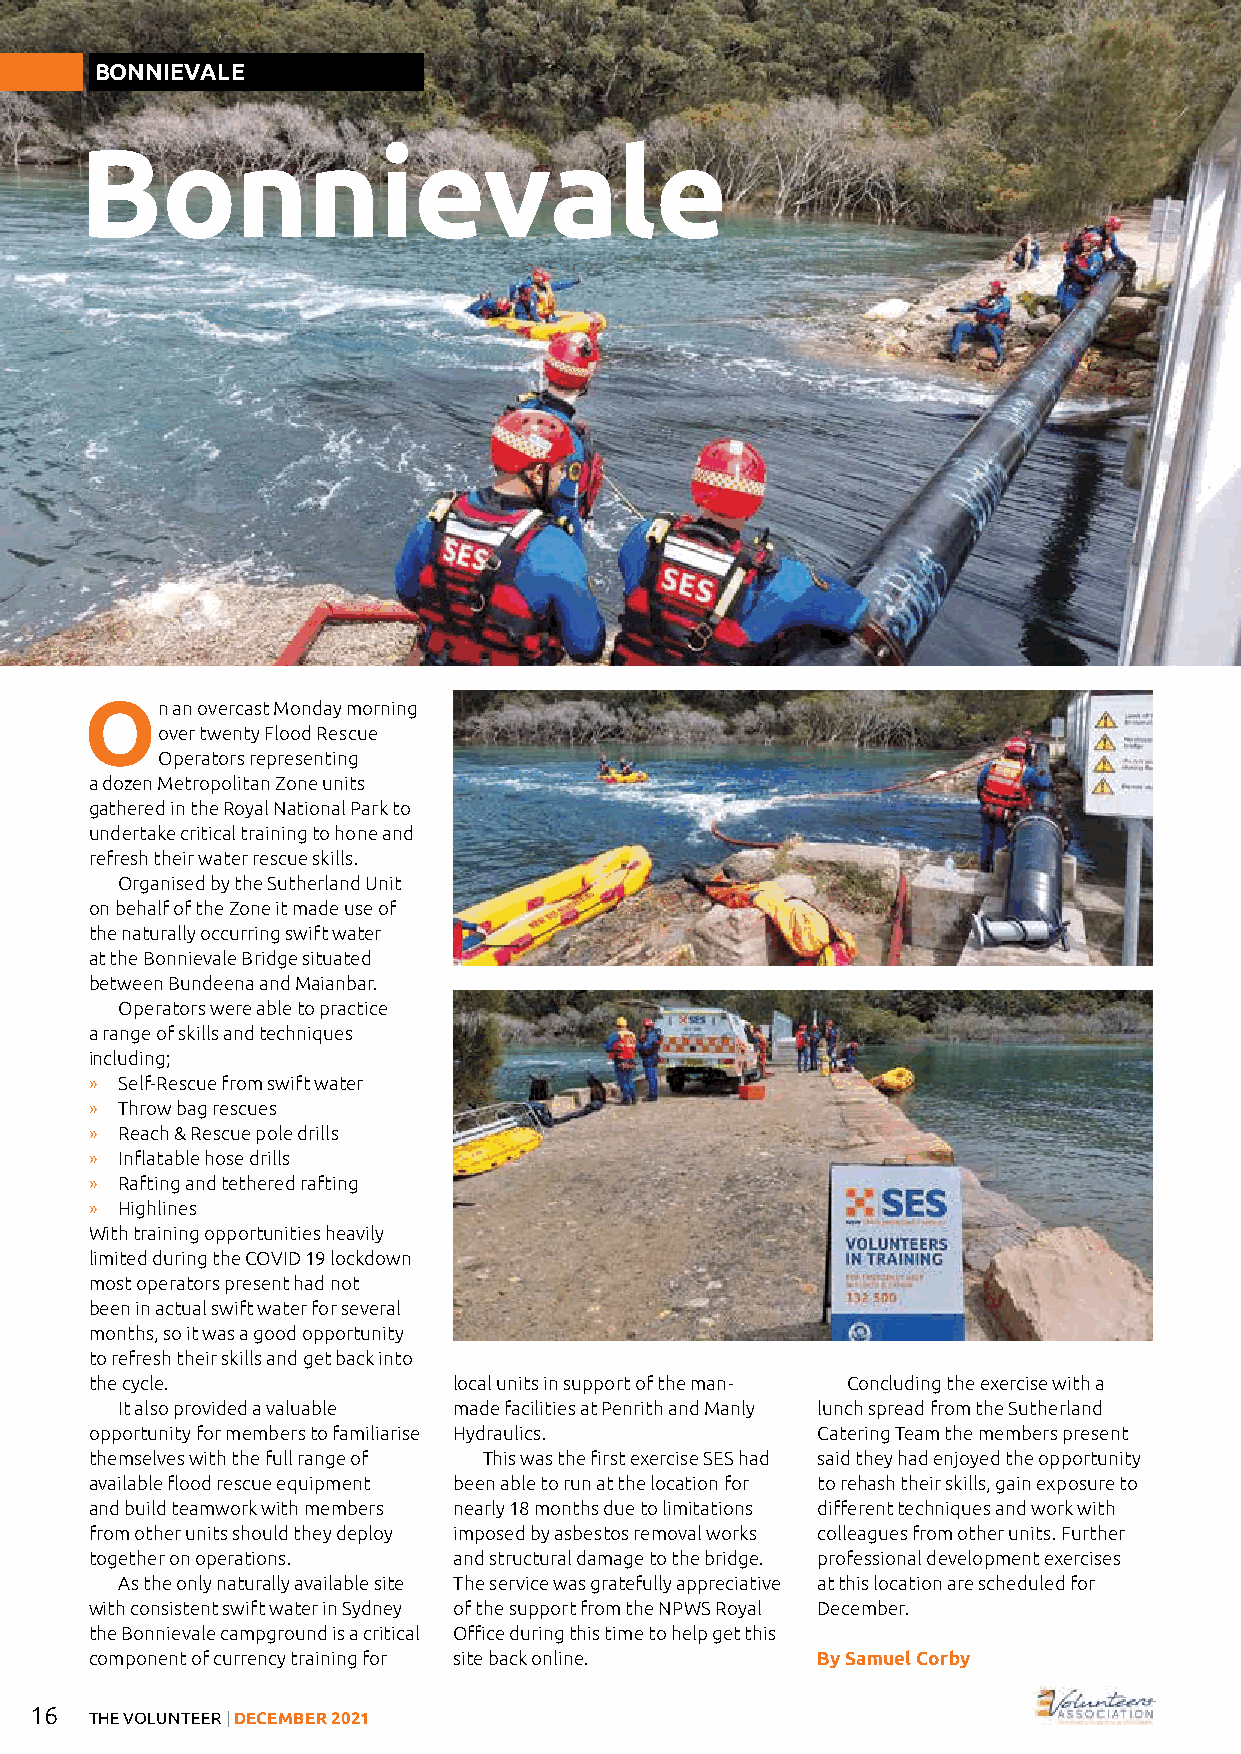
BONNIEVALE
 Bonnievale
 On   an overcast Monday morning
 over twenty Flood Rescue
 Operators representing
 a dozen Metropolitan Zone units
 gathered in the Royal National Park to
 undertake critical training to hone and
 refresh their water rescue skills.
 Organised by the Sutherland Unit
 on behalf of the Zone it made use of
 the naturally occurring swift water
 at the Bonnievale Bridge situated
 between Bundeena and Maianbar.
 Operators were able to practice
 a range of skills and techniques
 including;
 » Self-Rescue from swift water
 » Throw bag rescues
 » Reach & Rescue pole drills
 » Inflatable hose drills
 » Rafting and tethered rafting
 » Highlines
 With training opportunities heavily
 limited during the COVID 19 lockdown
 most operators present had not
 been in actual swift water for several
 months, so it was a good opportunity
 to refresh their skills and get back into
 the cycle.              local units in support of the man- Concluding the exercise with a
 It also provided a valuable made facilities at Penrith and Manly lunch spread from the Sutherland
 opportunity for members to familiarise Hydraulics. Catering Team the members present
 themselves with the full range of This was the first exercise SES had said they had enjoyed the opportunity
 available flood rescue equipment been able to run at the location for to rehash their skills, gain exposure to
 and build teamwork with members nearly 18 months due to limitations different techniques and work with
 from other units should they deploy imposed by asbestos removal works colleagues from other units. Further
 together on operations. and structural damage to the bridge. professional development exercises
 As the only naturally available site The service was gratefully appreciative at this location are scheduled for
 with consistent swift water in Sydney of the support from the NPWS Royal December.
 the Bonnievale campground is a critical Office during this time to help get this
 component of currency training for site back online. By Samuel Corby
 16
 THE VOLUNTEER | DECEMBER 2021